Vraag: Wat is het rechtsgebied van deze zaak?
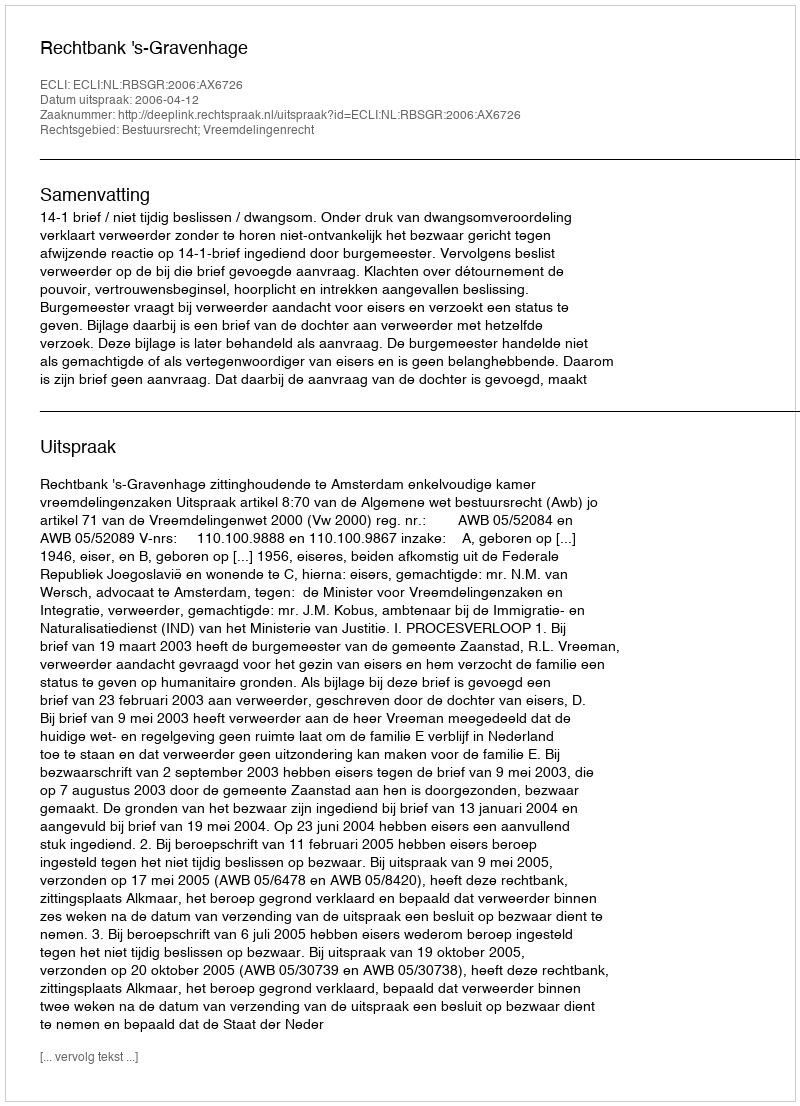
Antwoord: Bestuursrecht; Vreemdelingenrecht